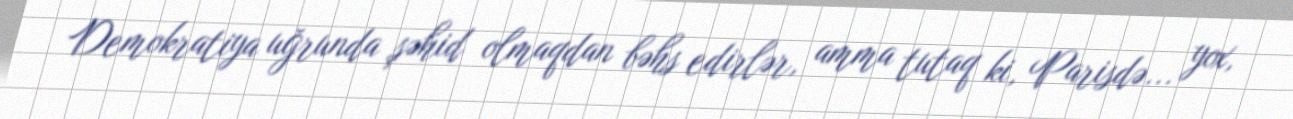
Demokratiya uğrunda şəhid olmaqdan bəhs edirlər, amma tutaq ki, Parisdə... yox,